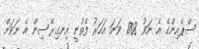
ސްޕެއިންގެ އެ ނަވު 1708 ވަނަ އަހަރު ފެތުނީ އިނގިރޭސިން އެ ނަވަށް